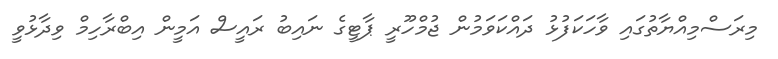
މިރަސްމިއްޔާތުގައި ވާހަކަފުޅު ދައްކަވަމުން ޖުމްހޫރީ ޕާޓީގެ ނައިބު ރައީސް އަމީން އިބްރާހިމް ވިދާޅުވީ